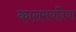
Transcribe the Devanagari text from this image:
कालमर्यादेचा